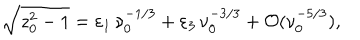
\sqrt { z _ { 0 } ^ { 2 } - 1 } = \varepsilon _ { 1 } \, \nu _ { 0 } ^ { - 1 / 3 } + \varepsilon _ { 3 } \, \nu _ { 0 } ^ { - 3 / 3 } + { \cal O } ( \nu _ { 0 } ^ { - 5 / 3 } ) ,